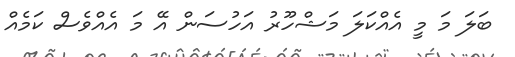
ބަލަ މަ މީ އެއްކަލަ މަޝްހޫރު އަހުސަން އޭ މަ އެއްވެސް ކަމެއް